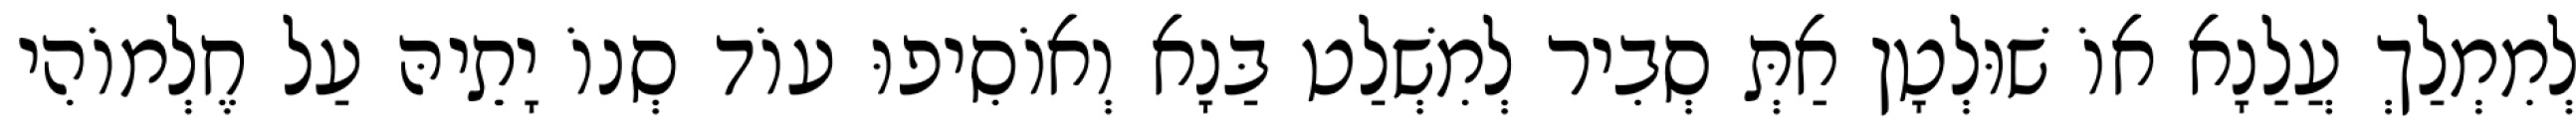
לְמִמְלַךְ עֲלַנָא אוֹ שׁוּלְטָן אַתְּ סְבִיר לְמִשְׁלַט בַּנָא וְאוֹסִיפוּ עוֹד סְנוֹ יָתֵיהּ עַל חֶלְמוֹהִי